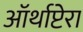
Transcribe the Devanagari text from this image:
ऑर्थाप्टेरा